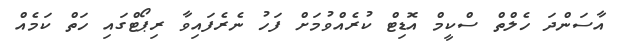
އާސަންދަ ހެލްތް ސްކީމް އޮޑިޓް ކުރެއްވުމަށް ފަހު ނެރެފައިވާ ރިޕޯޓްގައި ހަތް ކަމެއް